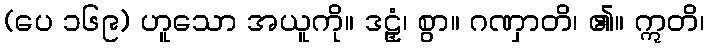
(ပေ ၁၆၉) ဟူသော အယူကို။ ဒဠှံ၊ စွာ။ ဂဏှာတိ၊ ၏။ ဣတိ၊